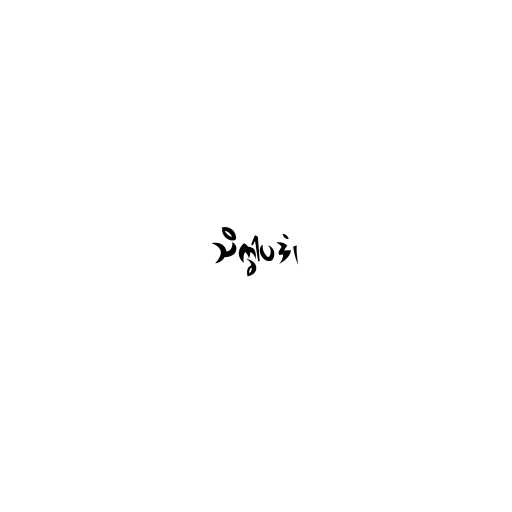
သိက္ခါပဒံ၊